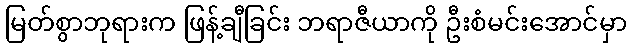
မြတ်စွာဘုရားက ဖြန့်ချီခြင်း ဘရာဇီယာကို ဦးစံမင်းအောင်မှာ